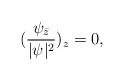
\begin{align*}(\frac{\psi_{\bar z}}{|\psi|^2})_z=0,\end{align*}